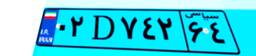
۰۲D۷۴۲۶۴